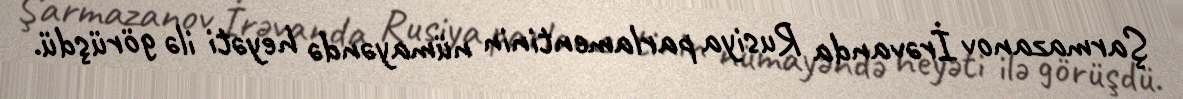
Şarmazanov İrəvanda Rusiya parlamentinin nümayəndə heyəti ilə görüşdü.